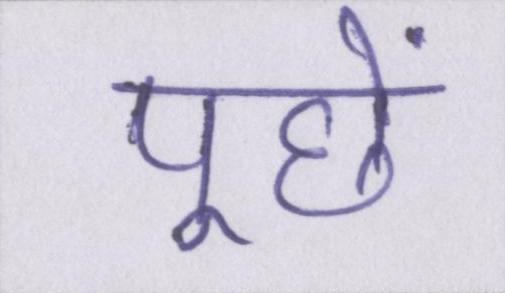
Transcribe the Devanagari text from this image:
पूछें